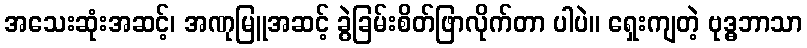
အသေးဆုံးအဆင့်၊ အဏုမြူအဆင့် ခွဲခြမ်းစိတ်ဖြာလိုက်တာ ပါပဲ။ ရှေးကျတဲ့ ဗုဒ္ဓဘာသာ